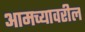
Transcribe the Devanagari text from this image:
आमच्यावरील